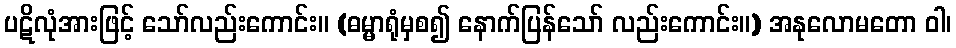
ပဋိလုံအားဖြင့် သော်လည်းကောင်း။ (ဓမ္မာရုံမှစ၍ နောက်ပြန်သော် လည်းကောင်း။) အနုလောမတော ဝါ၊